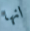
انها